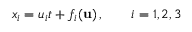
x _ { i } = u _ { i } t + { f _ { i } } ( { \mathbf { u } } ) \, , \qquad i = 1 , 2 , 3